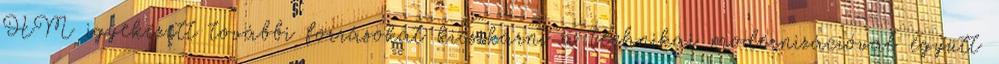
HM igyekezett további forrásokat kicsikarni a technikai modernizációval együtt